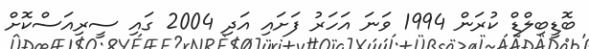
ބޮޑީބިލްޑް ކުރަން 1994 ވަނަ އަހަރު ފަށައި އަދި 2004 ގައި ސީރިއަސްކޮށް